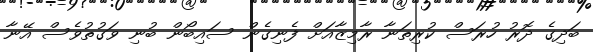
ބަދިގެ ދޮރު ހުރަސް ކުރިތަނާ ރާމިޒާއަށް ފެނިގެން ސައިބޯން ބުނި ވަގުތުވެސް އޭނާ